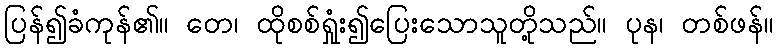
ပြန်၍ခံကုန်၏။ တေ၊ ထိုစစ်ရှုံး၍ပြေးသောသူတို့သည်။ ပုန၊ တစ်ဖန်။